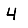
Digit: 4